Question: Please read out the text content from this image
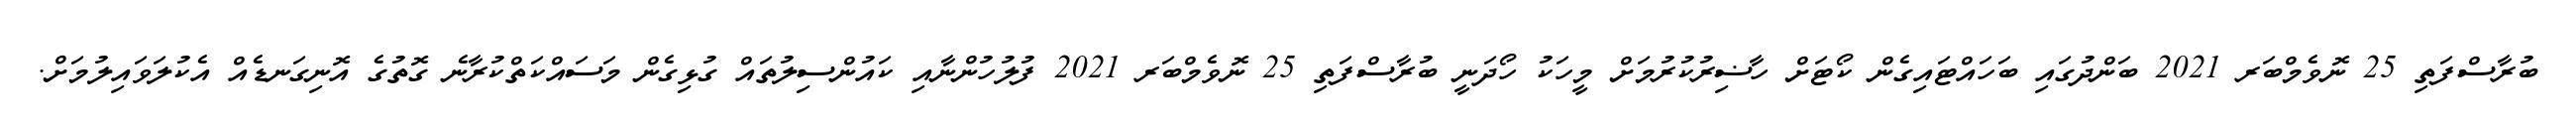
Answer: ބުރާސްފަތި 25 ނޮވެމްބަރ 2021 ބަންދުގައި ބަހައްޓައިގެން ކޯޓަށް ހާޟިރުކުރުމަށް މީހަކު ހޯދަނީ ބުރާސްފަތި 25 ނޮވެމްބަރ 2021 ފުލުހުންނާއި ކައުންސިލުތައް ގުޅިގެން މަސައްކަތްކުރާނެ ގޮތުގެ އޮނިގަނޑެއް އެކުލަވައިލުމަށް.